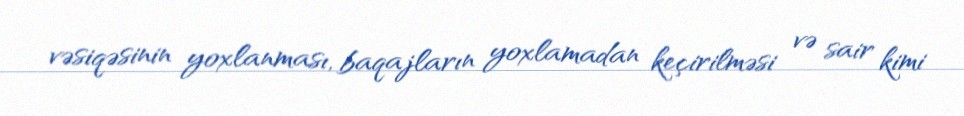
vəsiqəsinin yoxlanması, baqajların yoxlamadan keçirilməsi və sair kimi